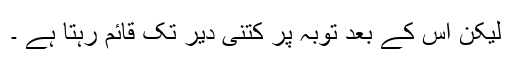
لیکن اس کے بعد توبہ پر کتنی دیر تک قائم رہتا ہے ۔